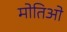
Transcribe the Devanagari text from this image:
मोतिओ